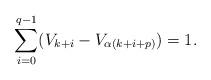
LaTeX: \begin{align*}\sum_{i=0}^{q-1} (V_{k+i}-V_{\alpha(k+i+p)}) = 1.\end{align*}